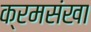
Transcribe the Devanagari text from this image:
क्रमसंखा